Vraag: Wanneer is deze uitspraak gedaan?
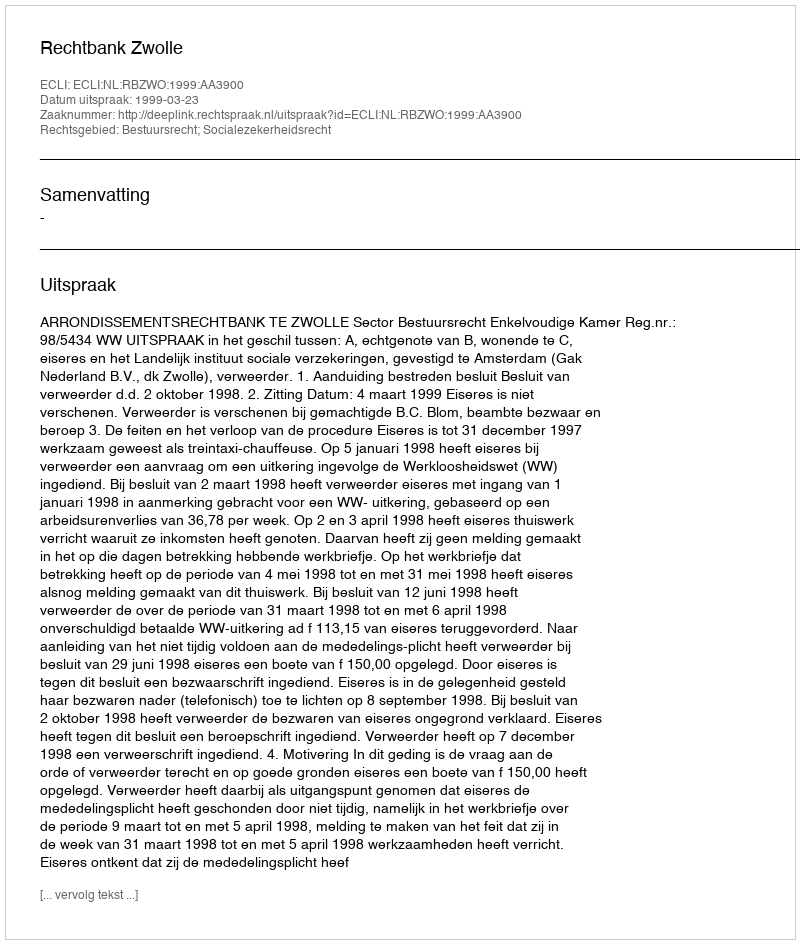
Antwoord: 1999-03-23